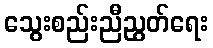
သွေးစည်းညီညွတ်ရေး